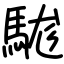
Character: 駹